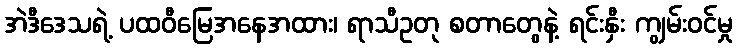
အဲဒီဒေသရဲ့ ပထဝီမြေအနေအထား၊ ရာသီဥတု စတာတွေနဲ့ ရင်းနှီး ကျွမ်းဝင်မှု